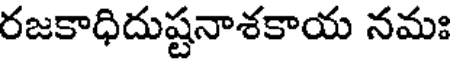
రజకాధిదుష్టనాశకాయ నమః